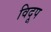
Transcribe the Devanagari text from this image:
विदूप